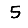
Digit: 5